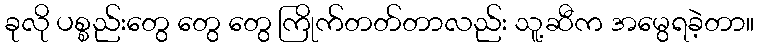
ခုလို ပစ္စည်းတွေ တွေ တွေ ကြိုက်တတ်တာလည်း သူ့ဆီက အမွေရခဲ့တာ။